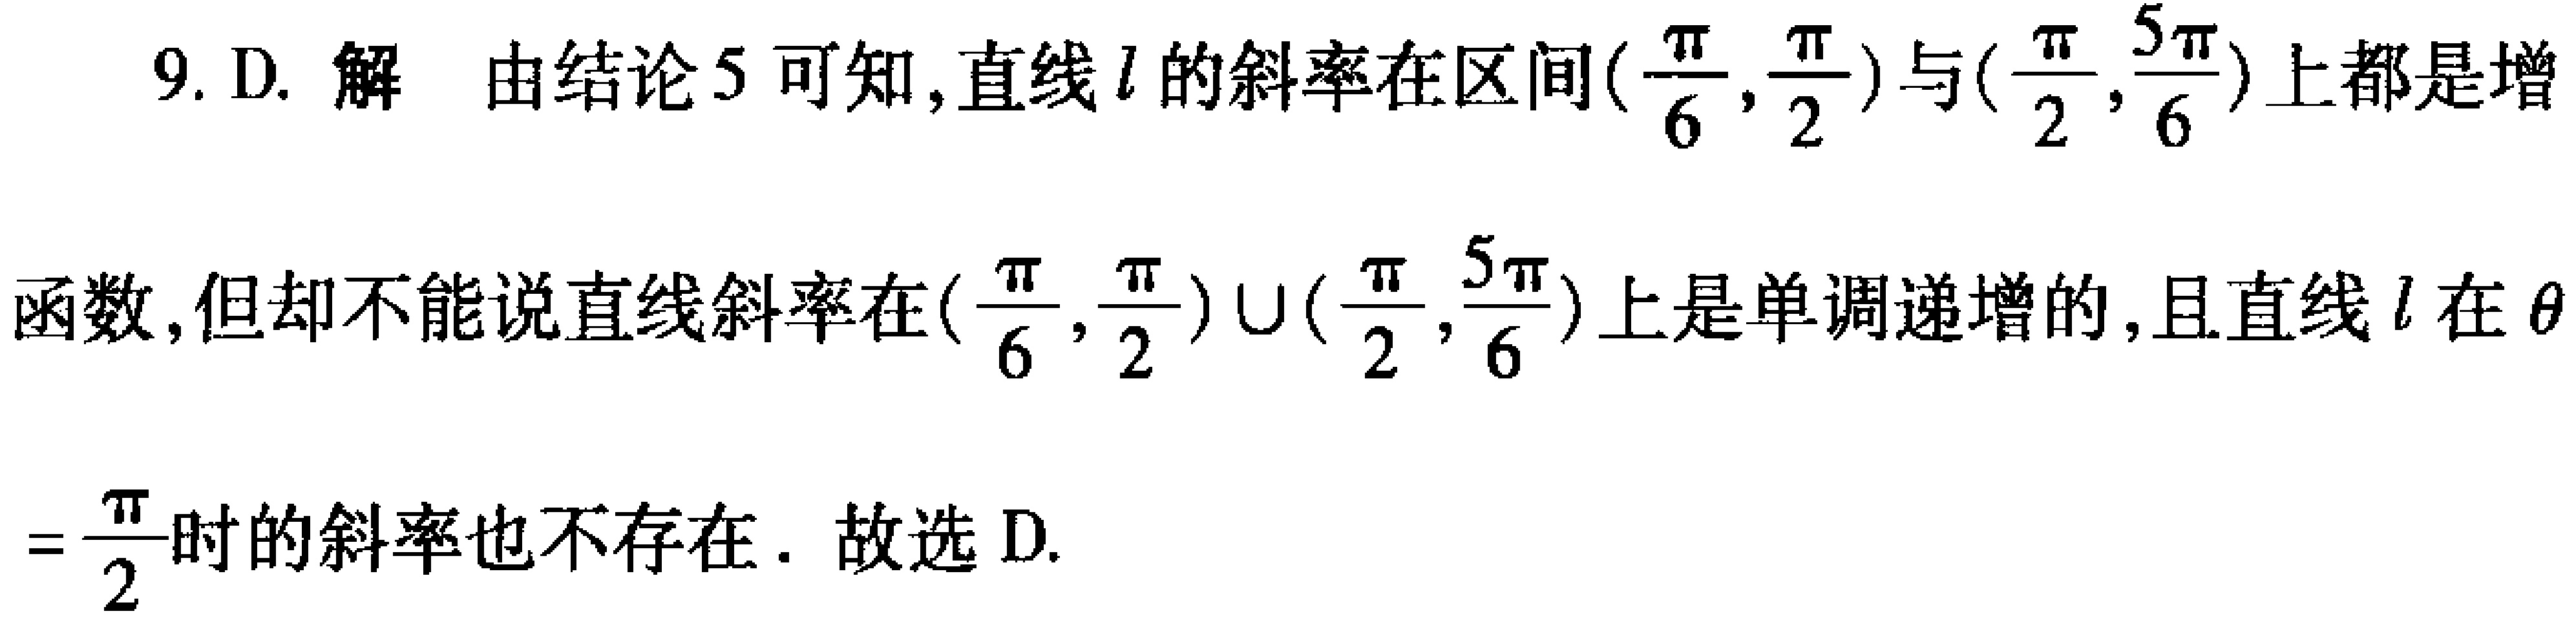
9. D. 解 由结论5可知,直线\(l\)的斜率在区间\((\frac{\pi}{6},\frac{\pi}{2})\)与\((\frac{\pi}{2},\frac{5\pi}{6})\)上都是增函数,但却不能说直线斜率在\((\frac{\pi}{6},\frac{\pi}{2})\cup(\frac{\pi}{2},\frac{5\pi}{6})\)上是单调递增的,且直线\(l\)在\(\theta=\frac{\pi}{2}\)时的斜率也不存在. 故选 D.